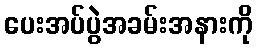
ပေးအပ်ပွဲအခမ်းအနားကို